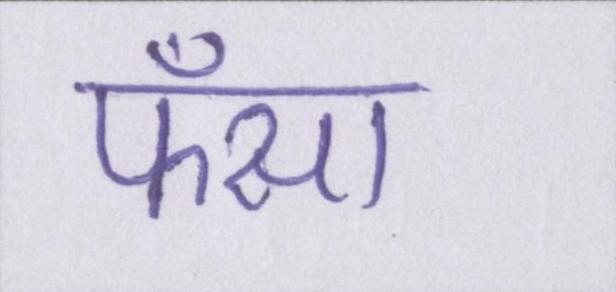
फँसा